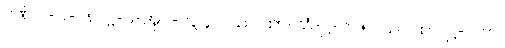
ပဏ် ၁-ပါ-၂၈၊ ဋ္ဌ-ပ-အုပ်-၁၃၄။ ။ သဂါထာ-သံ-ဋ္ဌ-၁၂၅။ သဂါထာ-ဋ္ဌ-၂၆၁။